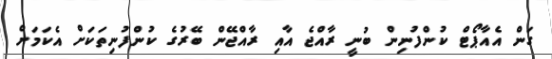
ގަން އެއާޕޯޓް ކުންފުނިން ބުނީ ރާއްޖެ އާއި ރާއްޖޭން ބޭރުގެ ކުންފުނިތަކަށް އެކަމަށް